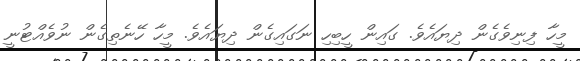
މީހާ ފިނިވެގެން ދިޔައެވެ. ގައިން ހީބިހި ނަގައިގެން ދިޔައެވެ. މީހާ ހޭނެތިގެން ނުވެއްޓުނީ